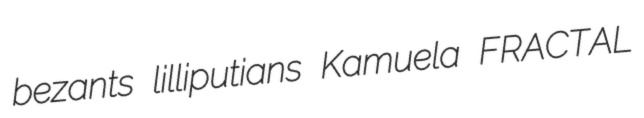
bezants lilliputians Kamuela FRACTAL